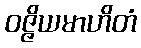
ဝဇ္ဇိယမာဟိတံ